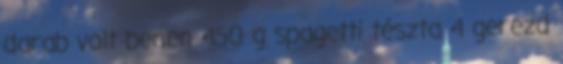
darab volt benen 450 g spagetti tészta 4 gerezd